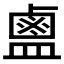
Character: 𪉟